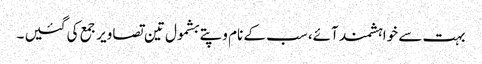
بہت سے خواہشمند آئے، سب کے نام و پتے بشمول تین تصاویر جمع کی گئیں ۔